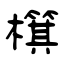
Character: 檱